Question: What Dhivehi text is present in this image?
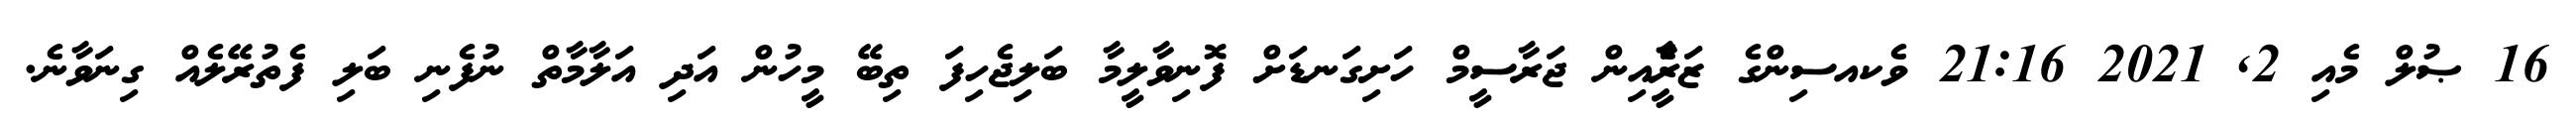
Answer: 16 ޞުލް މެއި 2, 2021 21:16 ވެކއސިންގެ ޒަރީެާއިން ޖަރާސީމް ހަށިގަނޑަށް ފޮނިވާލީމާ ބަލިޖެހިފަ ތިބޭ މީހުން އަދި އަލާމާތް ނުފެނި ބަލި ފެތުރޭލެއް ގިނަވާނެ.